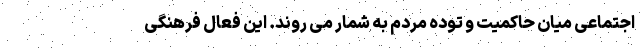
اجتماعی میان حاکمیت و توده مردم به شمار می روند. این فعال فرهنگی